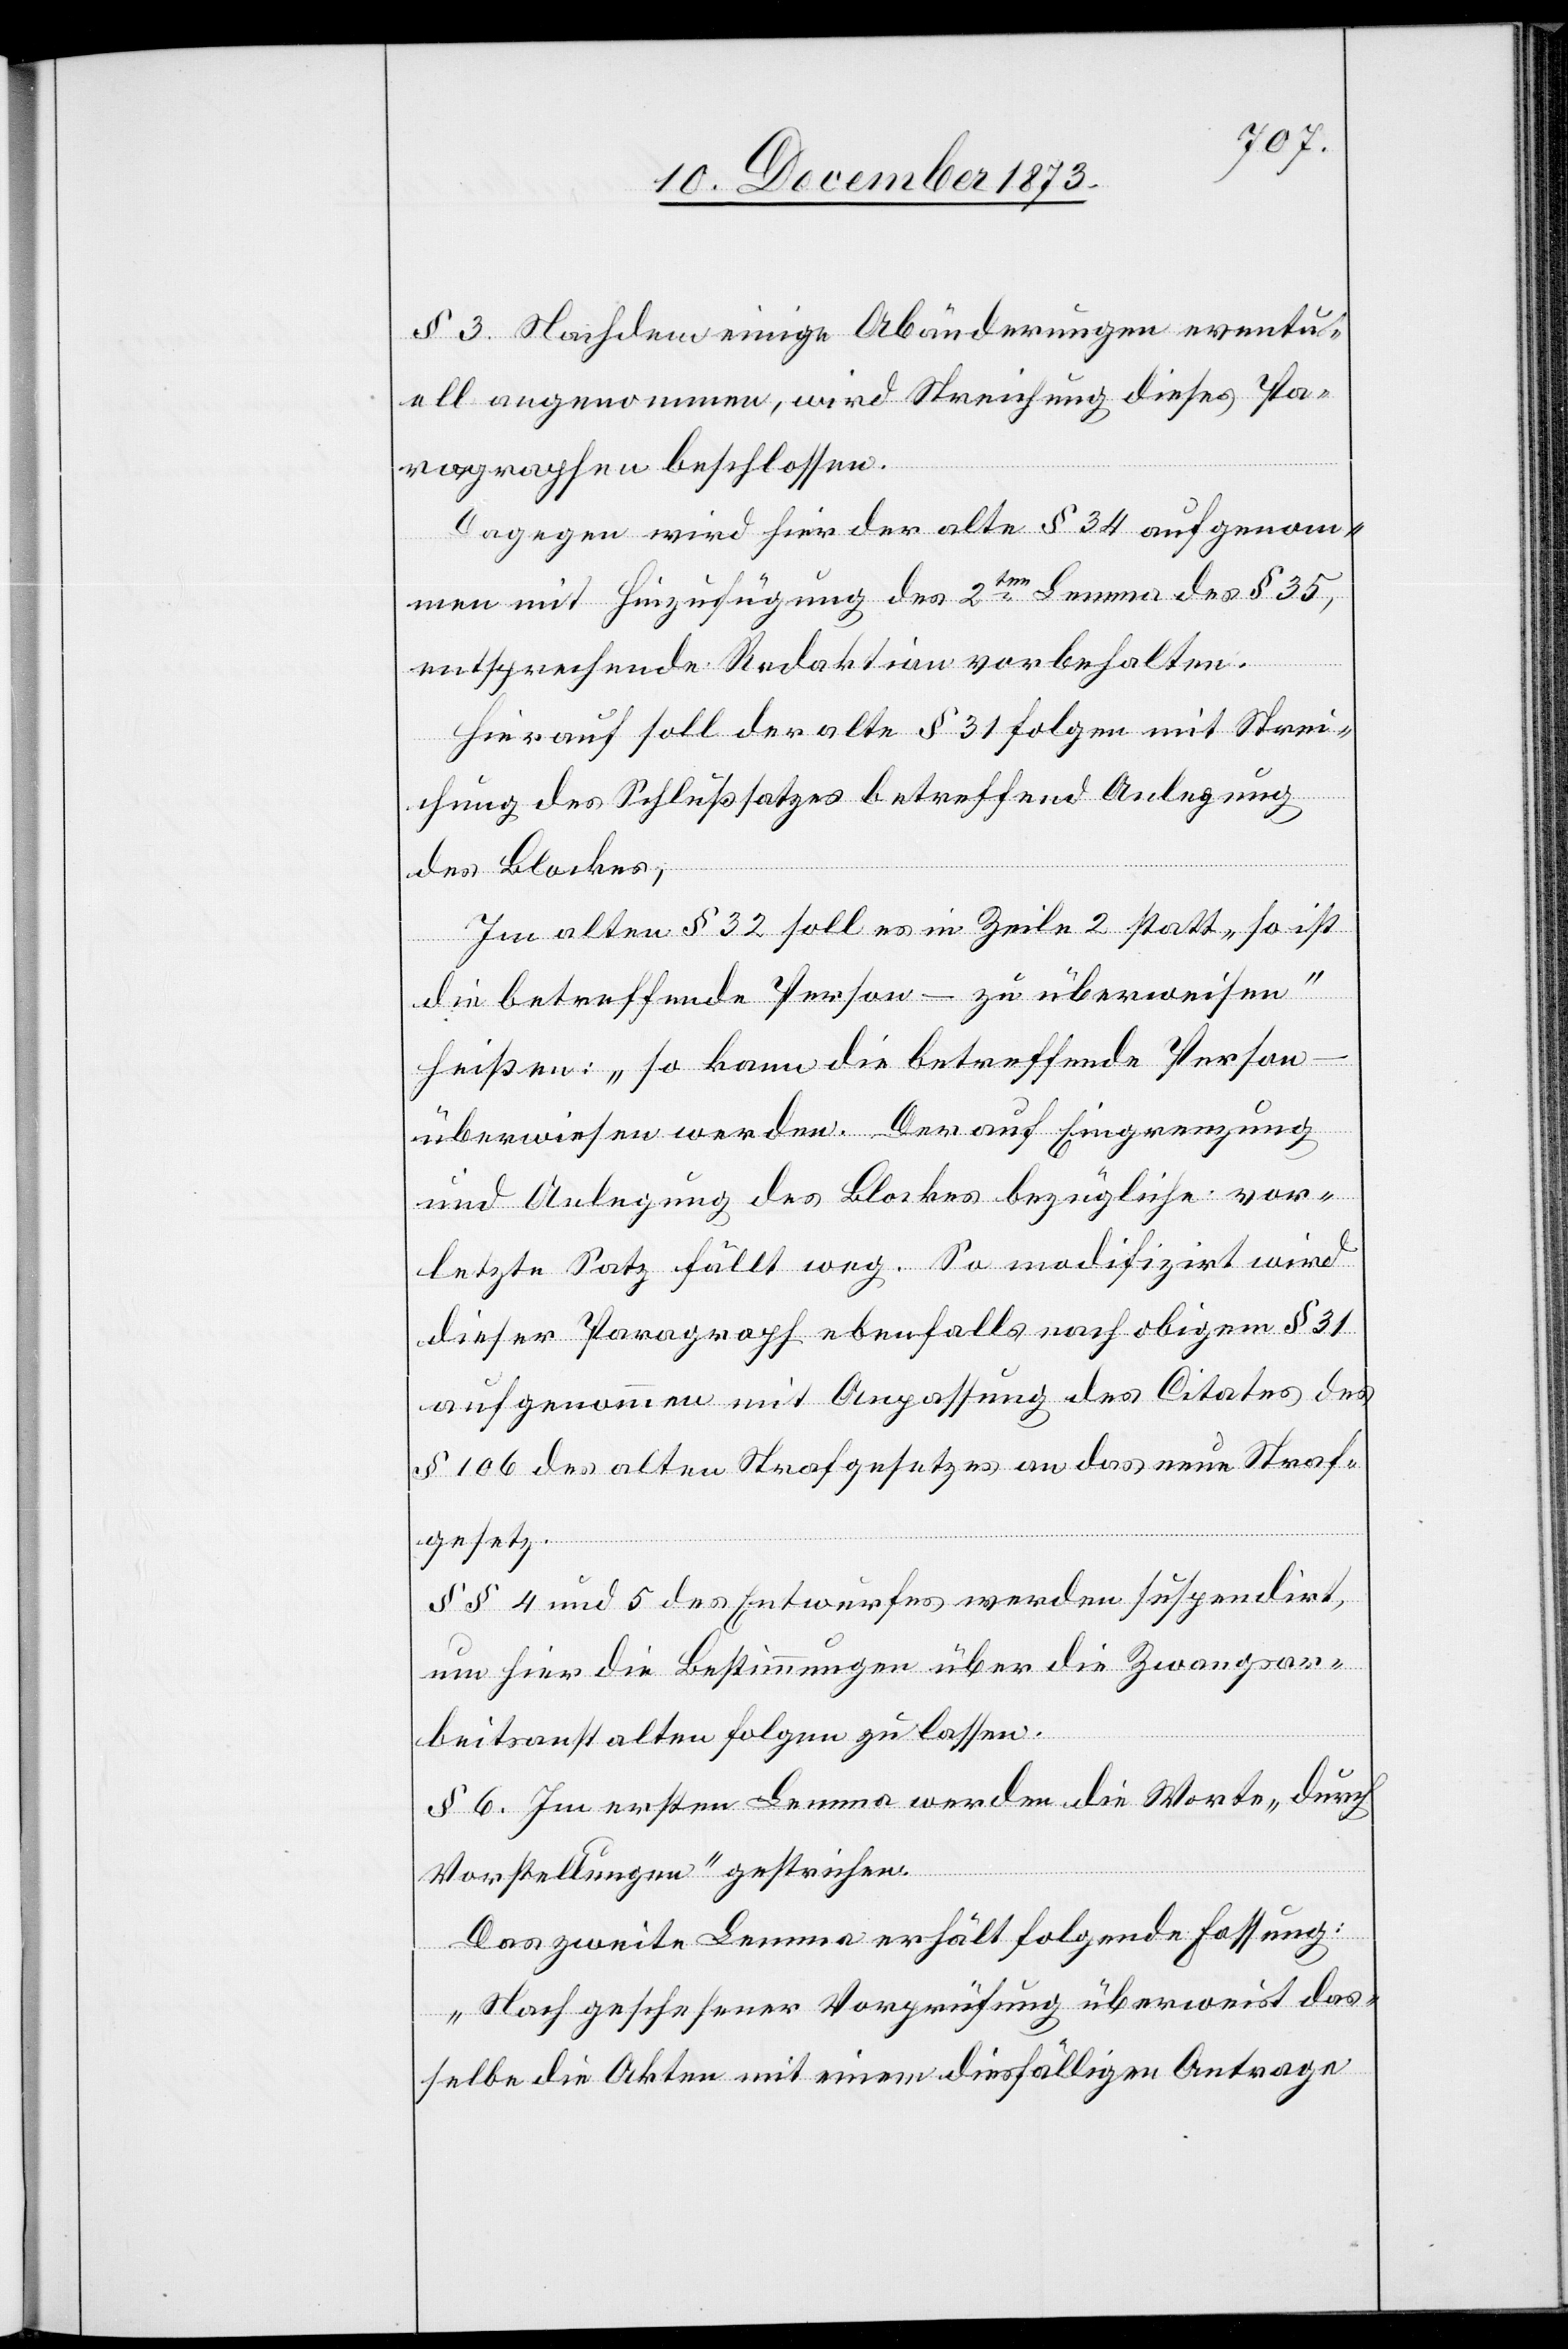
§ 3. Nachdem einige Abänderungen eventu¬
ell angenommen, wird Streichung dieses Pa¬
ragraphen beschlossen.
Dagegen wird hier der alte § 34 aufgenom¬
men mit Hinzufügung des 2ten Lemma des § 35,
entsprechende Redaktion vorbehalten.
Hierauf soll der alte § 31 folgen mit Strei¬
chung des Schlußsatzes betreffend Anlegung
des Blockes;
Im alten § 32 soll es in Zeile 2 statt „so ist
die betreffende Person – zu überweisen“
heißen: „so kann die betreffende Person
überwiesen werden.“ Der auf Eingrenzung
und Anlegung des Blockes bezügliche vor¬
letzte Satz fällt weg. So modifizirt wird
dieser Paragraph ebenfalls nach obigem § 31
aufgenommen mit Anpassung des Citates des
§ 106 des alten Strafgesetzes an das neue Straf¬
gesetz.
§§ 4 und 5 des Entwurfes werden suspendirt,
um hier die Bestimmungen über die Zwangsar¬
beitsanstalten folgen zu lassen.
§ 6. Im ersten Lemma werden die Worte „durch
Vorstellungen“ gestrichen.
Das zweite Lemma erhält folgende Fassung:
„Nach geschehener Vorprüfung überweist das¬
selbe die Akten mit einem diesfälligen Antrage